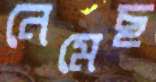
নেমেছ